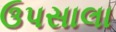
ઉપસાલા